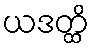
ယဒတ္ထိ